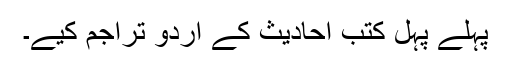
پہلے پہل کتب احادیث کے اردو تراجم کیے۔